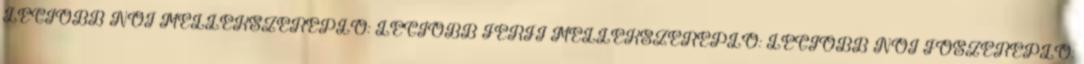
LEGJOBB NŐI MELLÉKSZEREPLŐ: LEGJOBB FÉRFI MELLÉKSZEREPLŐ: LEGJOBB NŐI FŐSZEREPLŐ: